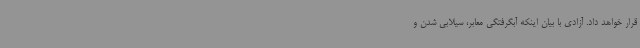
قرار خواهد داد. آزادی با بیان اینکه آبگرفتگی معابر، سیلابی شدن و